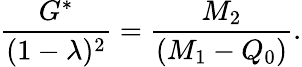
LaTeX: \frac{G^{*}}{(1-\lambda)^{2}}=\frac{M_{2}}{(M_{1}-Q_{0})}.